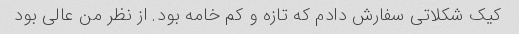
کیک شکلاتی سفارش دادم که تازه و کم خامه بود. از نظر من عالی بود